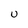
Character: U